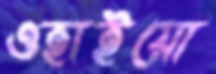
ওহাইয়ো